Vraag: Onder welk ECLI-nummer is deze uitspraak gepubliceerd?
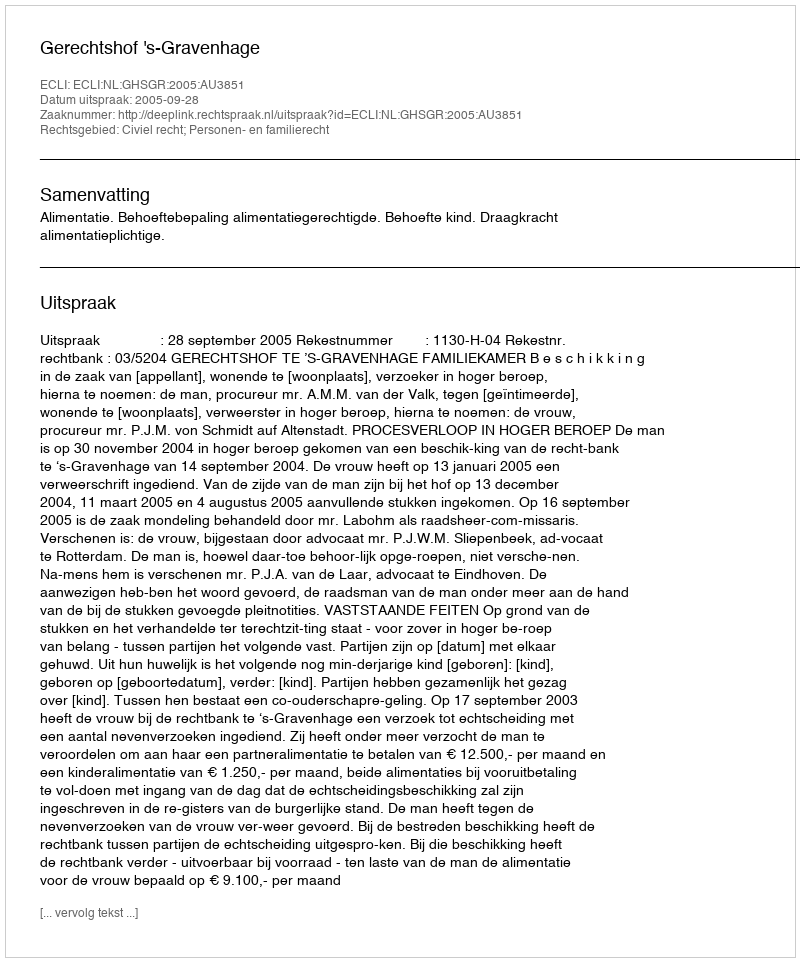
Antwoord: ECLI:NL:GHSGR:2005:AU3851